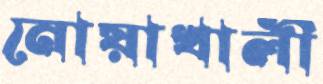
নোয়াখালী